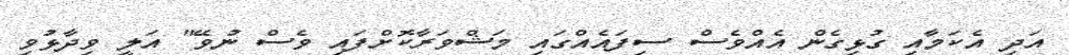
އަދި އެކަމާއި ގުޅިގެން އެއްވެސް ސިފައެއްގައި މަޝްވަރާކޮށްފައި ވެސް ނުވޭ" އަލީ ވިދާޅުވި